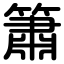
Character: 簫